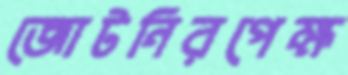
জোটনিরপেক্ষ